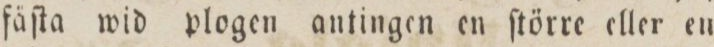
fäſta wid plogen antingen en ſtörre eller eu